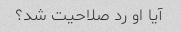
آیا او رد صلاحیت شد؟